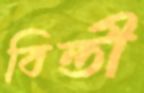
বিন্তী